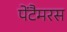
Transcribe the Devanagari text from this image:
पेंटैमरस